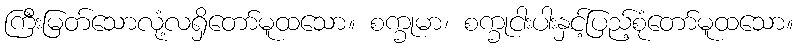
ကြီးမြတ်သောလုံ့လရှိတော်မူထသော။ စက္ခုမာ၊ စက္ခုငါးပါးနှင့်ပြည့်စုံတော်မူထသော။